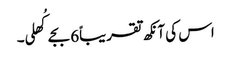
اس کی آنکھ تقریباً6 بجے کُھلی۔